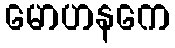
မောဟနကေ